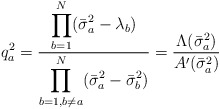
\begin{align*}q_{a}^2=\frac{\displaystyle \prod_{b=1}^N(\bar{\sigma}_a^2-\lambda_b)}{\displaystyle \prod_{b=1,b\neq a}^N(\bar{\sigma}_a^2-\bar{\sigma}_b^2)}=\frac{\Lambda(\bar{\sigma}_a^2)}{A'(\bar{\sigma}_a^2)}\end{align*}